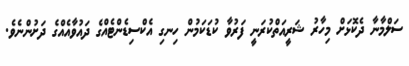
ސަލްމާނާ ދެކޮޅަށް މިހާރު ޝަރީއަތްކުރަނީ ފަރުވާ ކުޑަކަމުން ހިނގި އެކްސިޑެންޓެއްގެ ދައުވާއެއްގެ ދަށުންނެވެ.